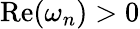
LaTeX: \mathrm{Re}(\omega_{n})>0